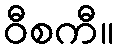
ဝီစကီ။